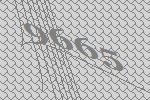
9665